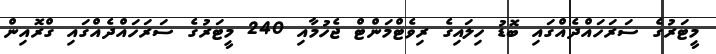
މީޓަރުގެ ސަރަހައްދެއްގައި ބޮޑު ހިލައިގެ ރިވެޓްމަންޓް ޖެހުމާއި 240 މީޓަރުގެ ސަރަހައްދެއްގައި ގްރޮއިން